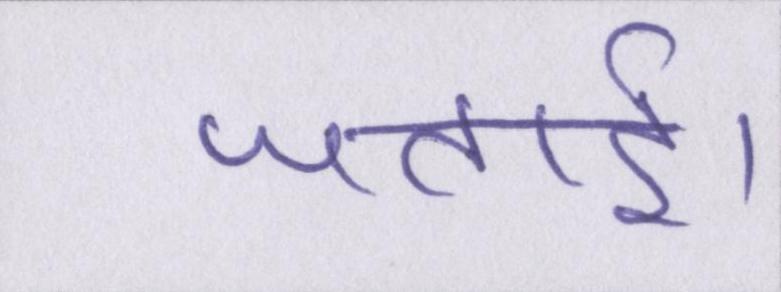
जताई।